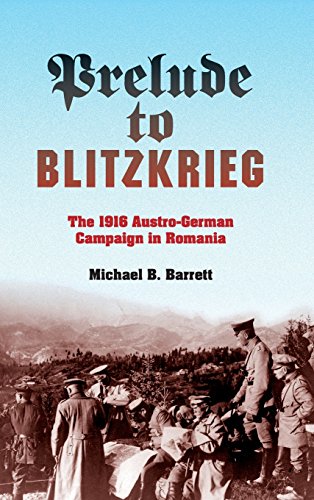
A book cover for Prelude to Blitzkrieg: The 1916 Austro-German Campaign in Romania (Twentieth-Century Battles); Michael B. Barrett; History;